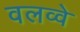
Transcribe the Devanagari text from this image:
वलव्वे